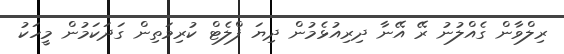
ރިލްވާން ގެއްލުނު ރޭ އޭނާ ދިރިއުޅެމުން ދިޔަ ފްލެޓް ކުރިމަތިން ގަދަކަމުން މީހަކު